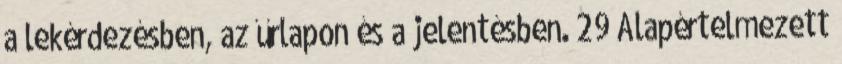
a lekérdezésben, az űrlapon és a jelentésben. 29 Alapértelmezett